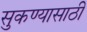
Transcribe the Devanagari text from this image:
सुकण्यासाठी